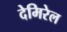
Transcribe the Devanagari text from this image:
देमिरेल